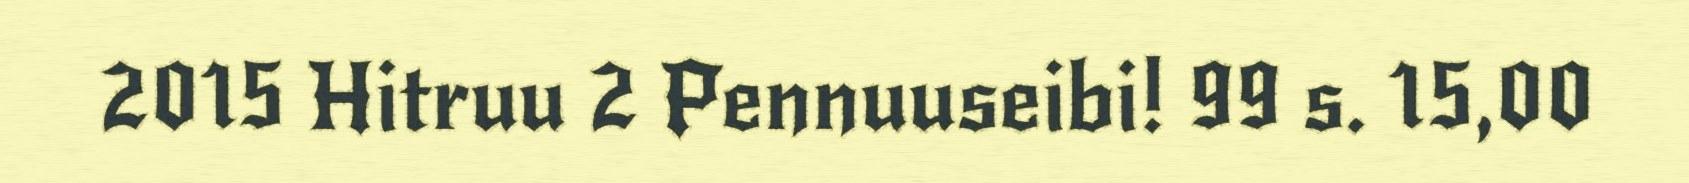
2015 Hitruu 2 Pennuuseibi! 99 s. 15,00